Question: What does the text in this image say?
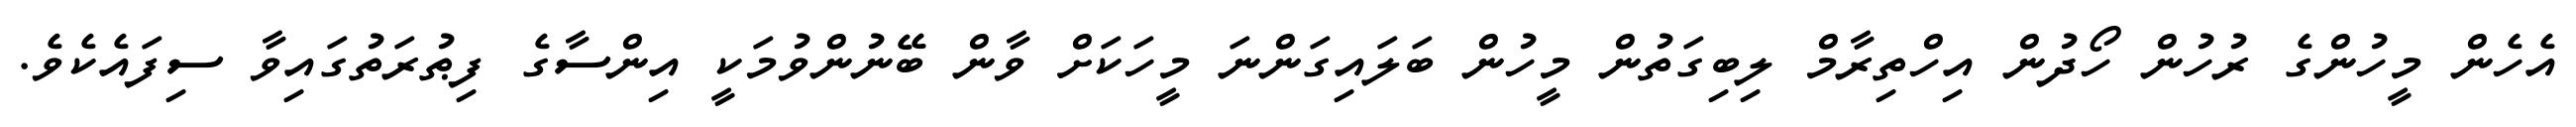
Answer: އެހެން މީހުންގެ ރުހުން ހޯދުން އިހްތިރާމް ލިބިގަތުން މީހުން ބަލައިގަންނަ މީހަކަށް ވާން ބޭނުންވުމަކީ އިންސާގެ ފިޠުރަތުގައިވާ ސިފައެކެވެ.